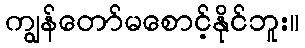
ကျွန်တော်မစောင့်နိုင်ဘူး။